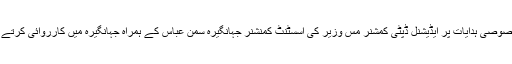
ڈپٹی کمشنر شاہد علی خان کی خصوصی ہدایات پر ایڈیشنل ڈپٹی کمشنر مس وزیر کی اسسٹنٹ کمنشنر جہانگیرہ سمن عباس کے ہمراہ جہانگیرہ میں کارروائی کرتے ہوئے مختلف گوداموں کا معائنہ۔